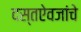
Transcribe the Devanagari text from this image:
दस्तऐवजांचे